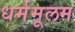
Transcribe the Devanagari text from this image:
धर्ममूलम